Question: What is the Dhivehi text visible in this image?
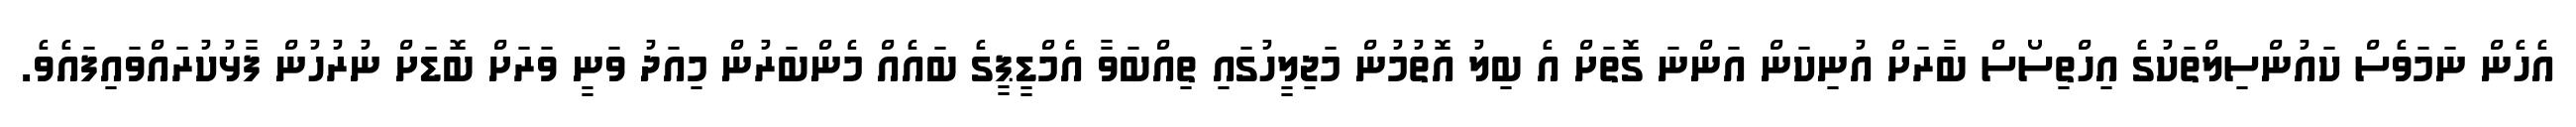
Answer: އެހެން ނަމަވެސް ކައުންސިލްތަކުގެ އިހްތިސޯސް ބާރަށް އުނިކަން އަންނަ ގޮތަށް އެ ބިލު އޮތުމުން މަޖިލީހުގައި ތިއްބަވާ އެމްޑީޕީގެ ބައެއް މެންބަރުން މިއަދު ވަނީ ވަރަށް ބޮޑަށް ނުރުހުން ފާޅުކުރައްވައިފައެވެ.